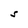
Character: S